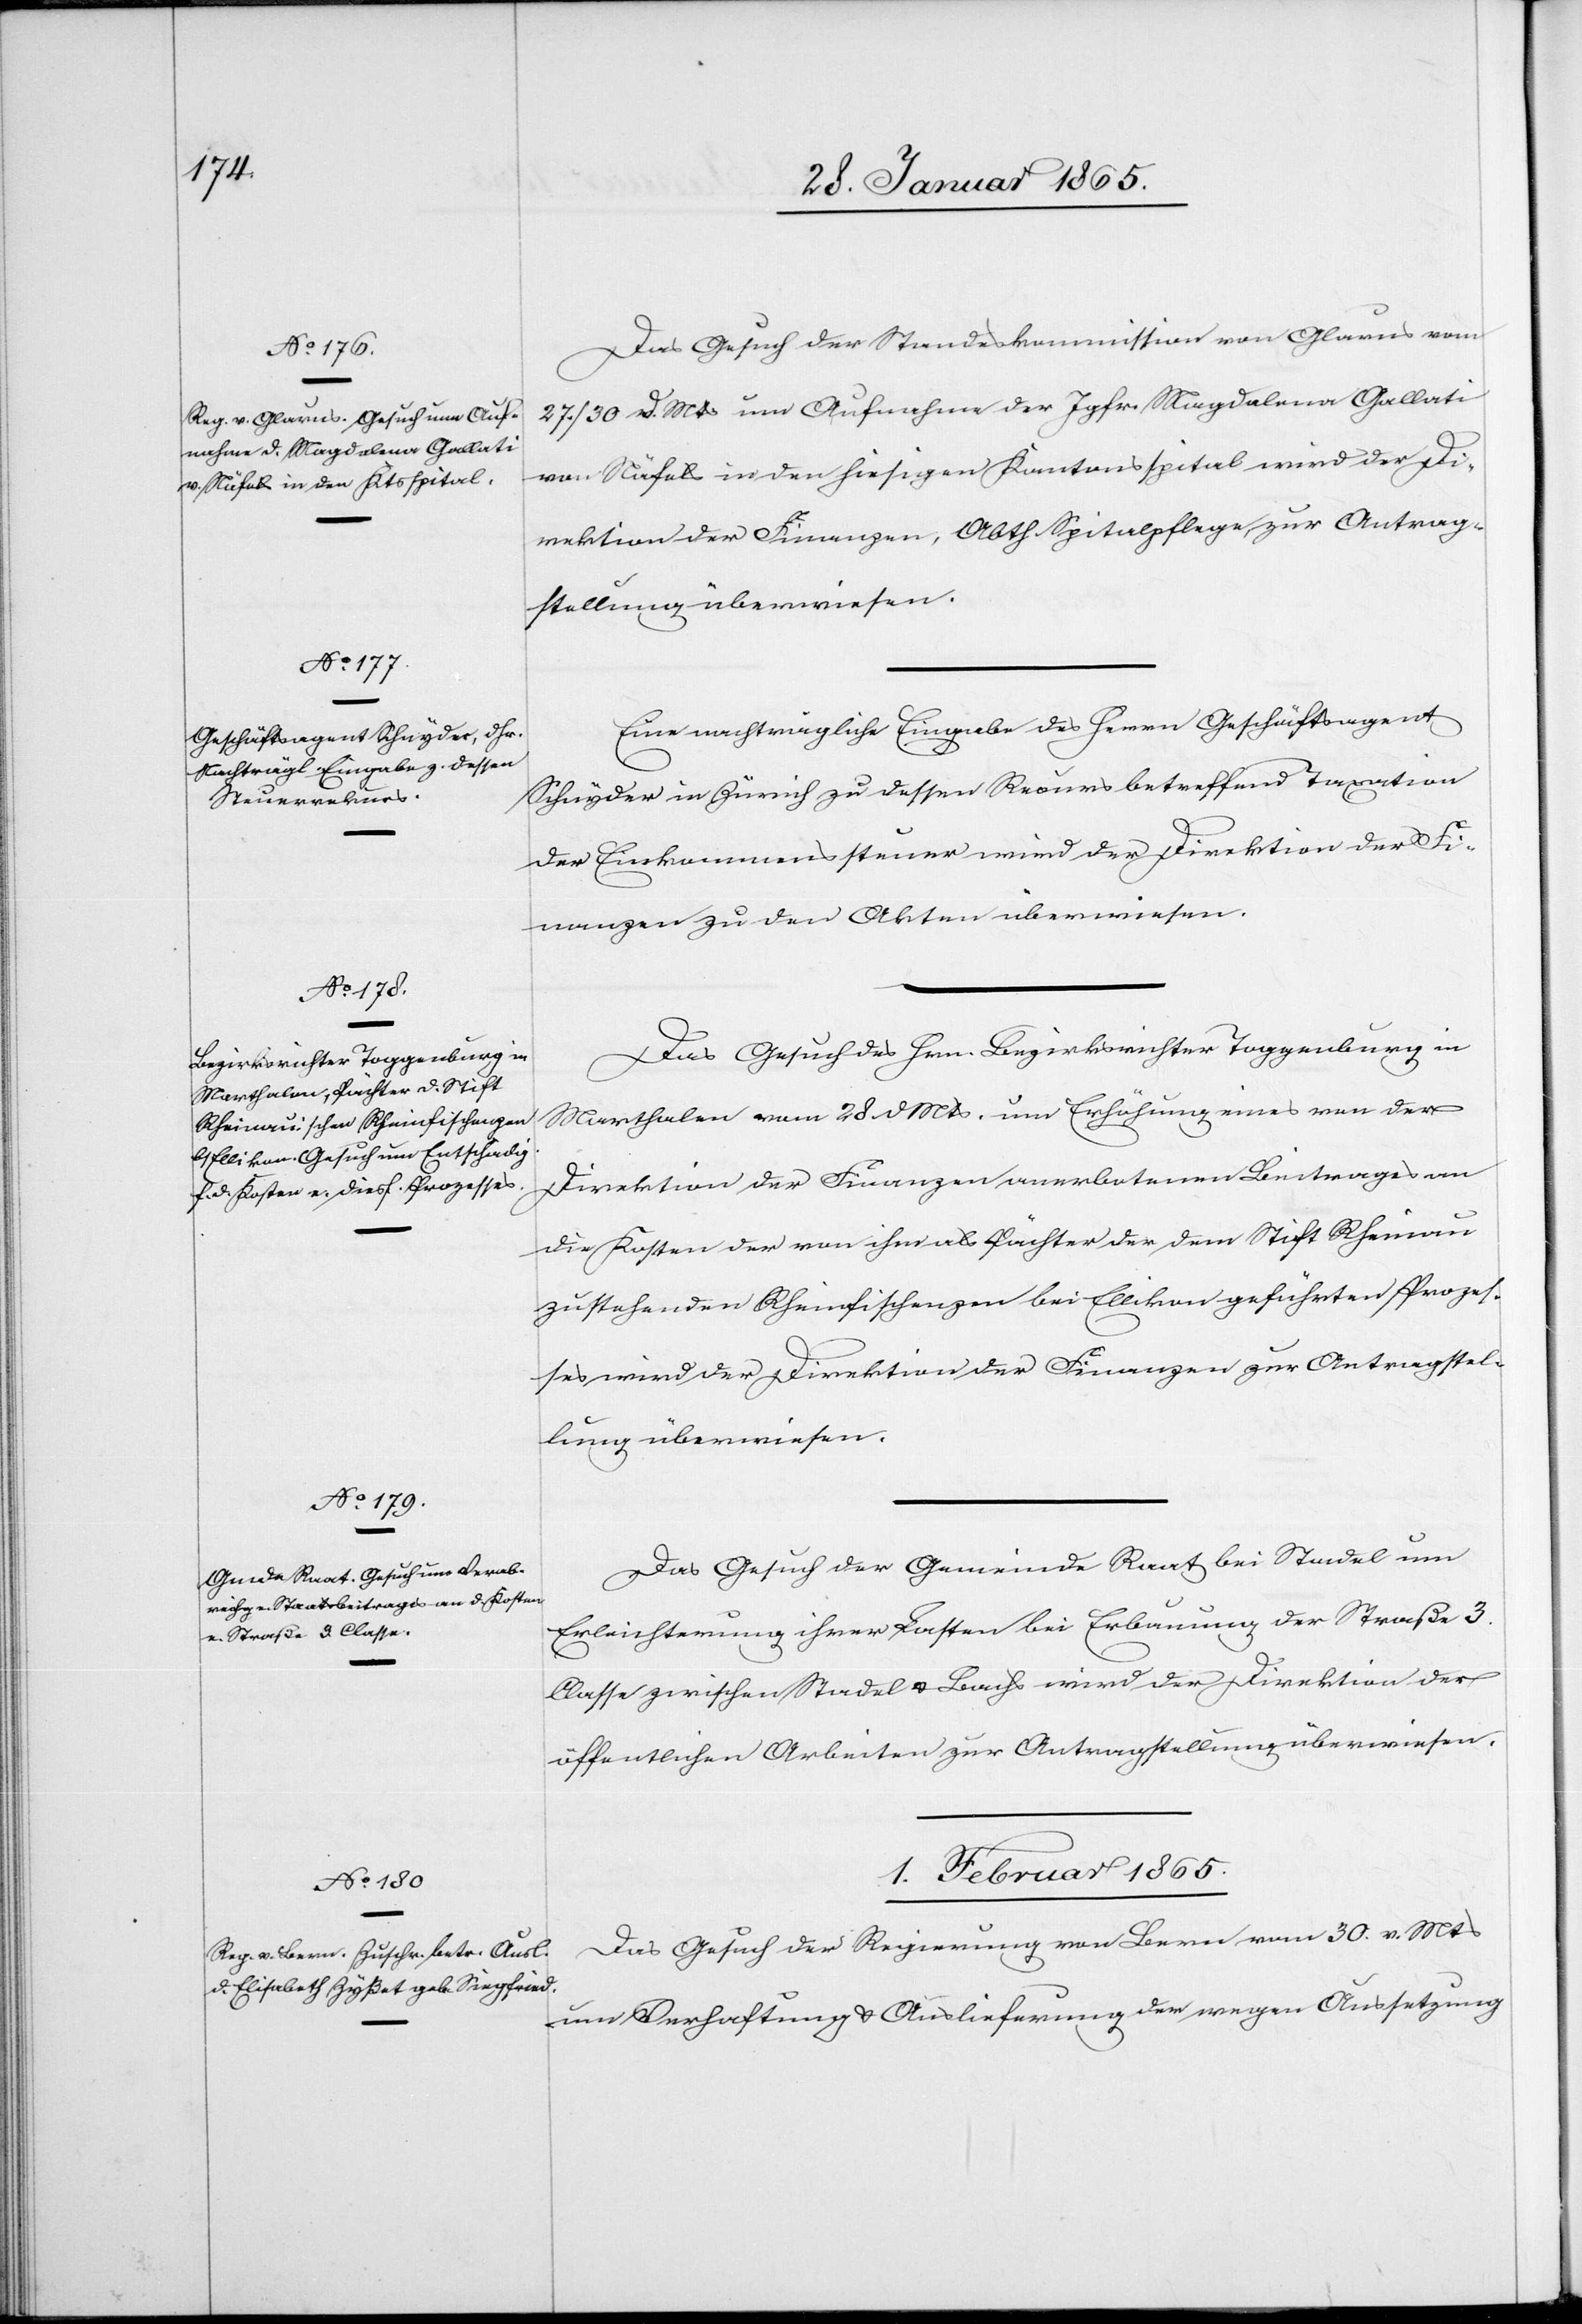
31. Januar 1865.]
Das Gesuch der Standeskommission von Glarus vom
27./30 d. Mts um Aufnahme der Jgfr. Magdalena Gallati
von Näfels in den hiesigen Kantonsspital wird der Di¬
rektion der Finanzen, Abth. Spitalpflege zur Antrag¬
stellung überwiesen.
Eine nachträgliche Eingabe des Herrn Geschäftsagent
Schnyder in Zürich zu dessen Recurs betreffend Taxation
der Einkommenssteuer wird der Direktion der Fi¬
nanzen zu den Akten überwiesen.
Das Gesuch des Hrn. Bezirksrichter Toggenburg in
Marthalen vom 28 d Mts. um Erhöhung eines von der
Direktion der Finanzen anerbotenen Beitrages an
die Kosten des von ihm als Pächter der dem Stift Rheinau
zustehenden Rheinfischenzen bei Ellikon geführten Prozes¬
ses wird der Direktion der Finanzen zur Antragstel¬
lung überwiesen.
Das Gesuch der Gemeinde Raat bei Stadel um
Erleichterung ihrer Lasten bei Erbauung der Straße 3.
Classe zwischen Stadel u. Bachs wird der Direktion der
öffentlichen Arbeiten zur Antragstellung überwiesen.
1. Februar 1865.
Das Gesuch der Regierung von Bern vom 30. v. Mts
um Verhaftung u. Auslieferung der wegen Aussetzung